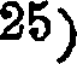
25)